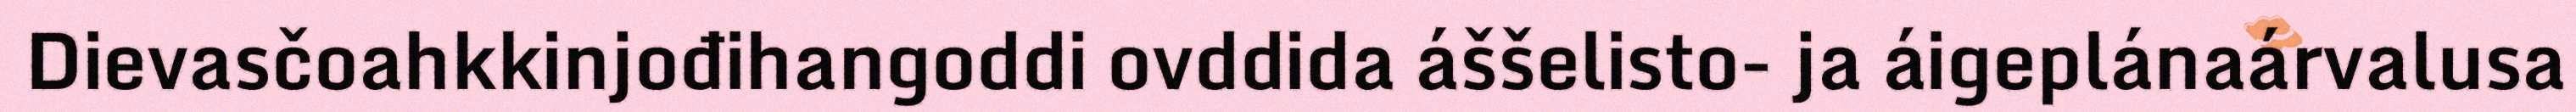
Dievasčoahkkinjođihangoddi ovddida áššelisto- ja áigeplánaárvalusa